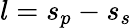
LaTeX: l=s_{p}-s_{s}